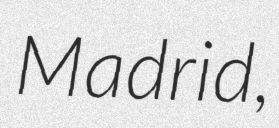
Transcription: Madrid,